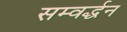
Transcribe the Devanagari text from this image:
सम्वर्द्धन